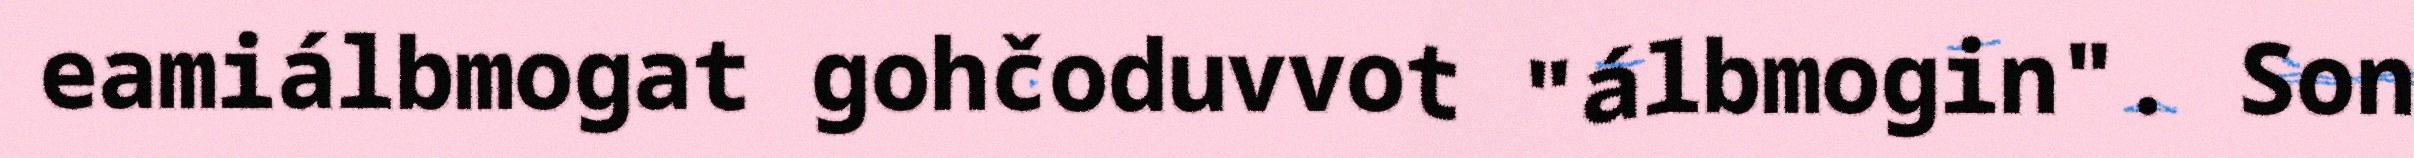
eamiálbmogat gohčoduvvot "álbmogin". Son